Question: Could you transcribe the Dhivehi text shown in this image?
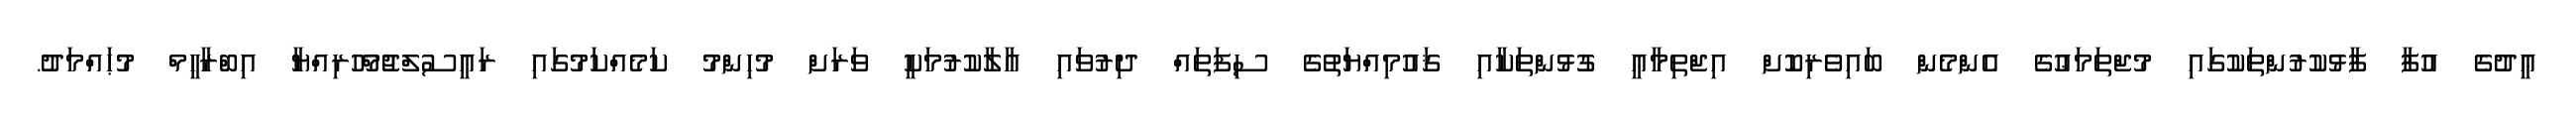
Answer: ޢީދުގެ އުފާ ފާޅުކުރުންތަކުގައި މުޖްތަމަޢުގެ އެންމެން ބައިވެރިކޮށް އިޖްތިމާޢީ ގުޅުންތަކާއި ޤައުމިއްޔަތުގެ ސިފަތައް ދިރުވައި އާލާކުރުމަކީ ވަރަށް މުހިންމު ކަމެއްކަމުގައި ރައީސުލްޖުމްހޫރިއްޔާ އިބްރާހީމް މުޙައްމަދު.